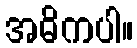
အဓိကပါ။